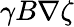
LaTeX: \gamma B\nabla\zeta